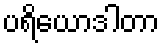
ပရိယောဒါတာ